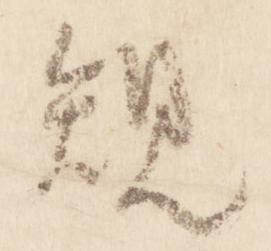
規